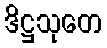
ဒိဋ္ဌသုတေ